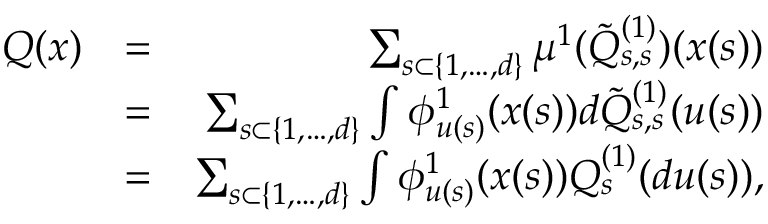
\begin{array} { r l r } { Q ( x ) } & { = } & { \sum _ { s \subset \{ 1 , \ldots , d \} } \mu ^ { 1 } ( \tilde { Q } _ { s , s } ^ { ( 1 ) } ) ( x ( s ) ) } \\ & { = } & { \sum _ { s \subset \{ 1 , \ldots , d \} } \int \phi _ { u ( s ) } ^ { 1 } ( x ( s ) ) d \tilde { Q } _ { s , s } ^ { ( 1 ) } ( u ( s ) ) } \\ & { = } & { \sum _ { s \subset \{ 1 , \ldots , d \} } \int \phi _ { u ( s ) } ^ { 1 } ( x ( s ) ) Q _ { s } ^ { ( 1 ) } ( d u ( s ) ) , } \end{array}